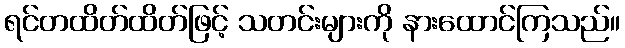
ရင်တထိတ်ထိတ်ဖြင့် သတင်းများကို နားထောင်ကြသည်။